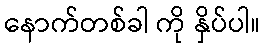
နောက်တစ်ခါ ကို နှိပ်ပါ။